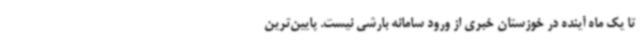
تا یک ماه آینده در خوزستان خبری از ورود سامانه بارشی نیست. پایین‌ترین